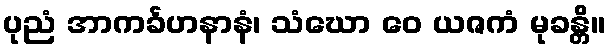
ပုညံ အာကင်္ခဟနာနံ၊ သံဃော ဝေ ယဇကံ မုခန္တိ။